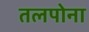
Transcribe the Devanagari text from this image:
तलपोना